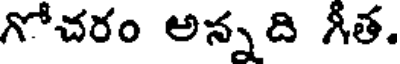
గోచరం అన్నది గీత.